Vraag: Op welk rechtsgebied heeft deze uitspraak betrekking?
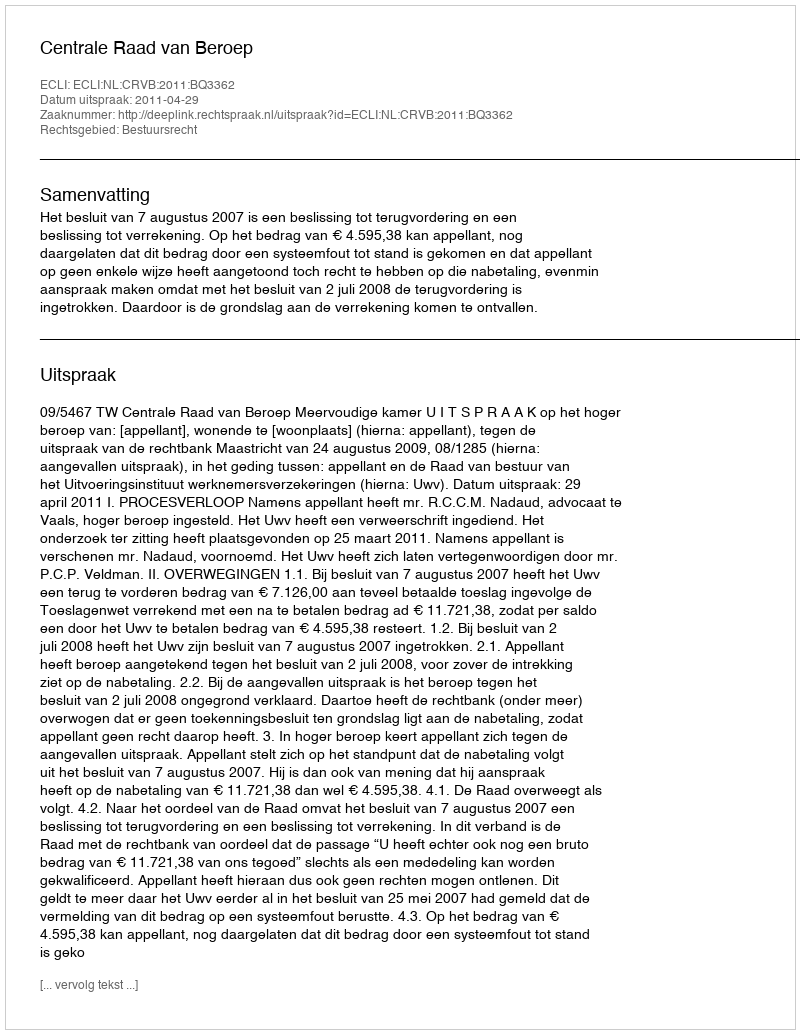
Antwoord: Bestuursrecht